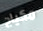
مكياج